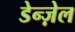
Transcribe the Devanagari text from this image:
डेन्ज़ेल